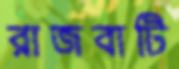
রাজবাটি